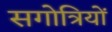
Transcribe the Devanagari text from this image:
सगोत्रियों